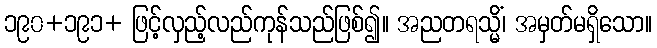
၁၉၀+၁၉၁+ ဖြင့်လှည့်လည်ကုန်သည်ဖြစ်၍။ အညတရသ္မိံ၊ အမှတ်မရှိသော။